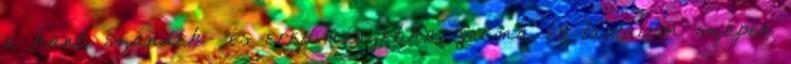
a kanti szándék- és eredményetika, forma és tartalom szépen